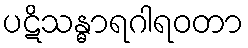
ပဋိသန္ဓာရဂါရဝတာ